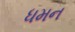
ધમન